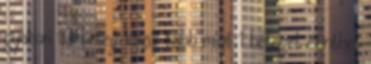
gyakori 10 beteg közül több mint 1 beteget érinthet